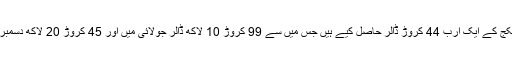
پاکستان نے جولائی سے اب تک پیکج کے ایک ارب 44 کروڑ ڈالر حاصل کیے ہیں جس میں سے 99 کروڑ 10 لاکھ ڈالر جولائی میں اور 45 کروڑ 20 لاکھ دسمبر کے مہینے میں حاصل کیے تھے۔